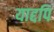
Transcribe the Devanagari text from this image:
याद्दपि